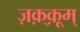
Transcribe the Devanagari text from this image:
ज़क़्क़ूम्